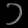
Digit: ၁